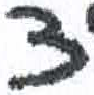
אות: צ